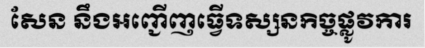
សែន នឹងអញ្ជើញធ្វើទស្សនកិច្ចផ្លូវការ